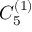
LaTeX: { C } _ { 5 } ^ { ( 1 ) }